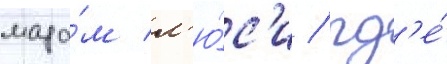
мада́м л'ю́с'и / гд'е́